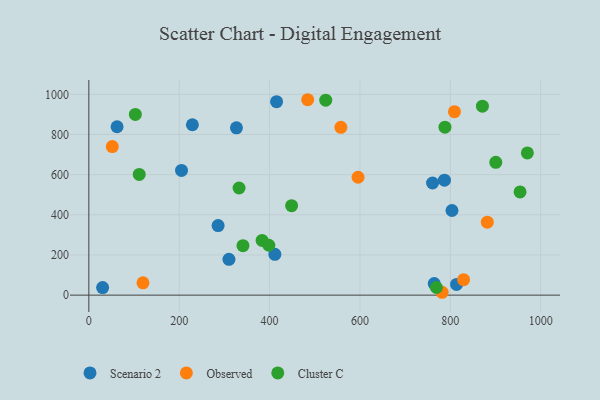
{"axis": {"x": "Engine Size", "y": "Demand"}, "legend": ["Cluster C", "Observed", "Scenario 2"], "data": [{"x": "62.5", "y": 838.5, "type": "Scenario 2"}, {"x": "411.7", "y": 203.0, "type": "Scenario 2"}, {"x": "326.7", "y": 833.1, "type": "Scenario 2"}, {"x": "30.5", "y": 37.7, "type": "Scenario 2"}, {"x": "803.7", "y": 421.5, "type": "Scenario 2"}, {"x": "764.4", "y": 57.7, "type": "Scenario 2"}, {"x": "310.1", "y": 178.2, "type": "Scenario 2"}, {"x": "787.1", "y": 572.2, "type": "Scenario 2"}, {"x": "286.1", "y": 346.1, "type": "Scenario 2"}, {"x": "813.8", "y": 53.1, "type": "Scenario 2"}, {"x": "415.5", "y": 963.5, "type": "Scenario 2"}, {"x": "229.2", "y": 848.4, "type": "Scenario 2"}, {"x": "760.7", "y": 558.4, "type": "Scenario 2"}, {"x": "205.1", "y": 620.9, "type": "Scenario 2"}, {"x": "51.9", "y": 739.5, "type": "Observed"}, {"x": "782.0", "y": 14.2, "type": "Observed"}, {"x": "881.9", "y": 363.5, "type": "Observed"}, {"x": "809.2", "y": 913.6, "type": "Observed"}, {"x": "595.8", "y": 586.9, "type": "Observed"}, {"x": "484.4", "y": 973.0, "type": "Observed"}, {"x": "557.8", "y": 835.6, "type": "Observed"}, {"x": "119.8", "y": 61.4, "type": "Observed"}, {"x": "829.4", "y": 77.1, "type": "Observed"}, {"x": "524.3", "y": 971.0, "type": "Cluster C"}, {"x": "448.8", "y": 445.2, "type": "Cluster C"}, {"x": "900.7", "y": 661.2, "type": "Cluster C"}, {"x": "970.6", "y": 708.1, "type": "Cluster C"}, {"x": "769.3", "y": 38.1, "type": "Cluster C"}, {"x": "788.2", "y": 836.3, "type": "Cluster C"}, {"x": "111.5", "y": 600.8, "type": "Cluster C"}, {"x": "341.1", "y": 246.3, "type": "Cluster C"}, {"x": "383.5", "y": 272.5, "type": "Cluster C"}, {"x": "332.5", "y": 533.4, "type": "Cluster C"}, {"x": "398.4", "y": 248.4, "type": "Cluster C"}, {"x": "954.4", "y": 514.0, "type": "Cluster C"}, {"x": "102.9", "y": 900.0, "type": "Cluster C"}, {"x": "871.1", "y": 940.9, "type": "Cluster C"}]}